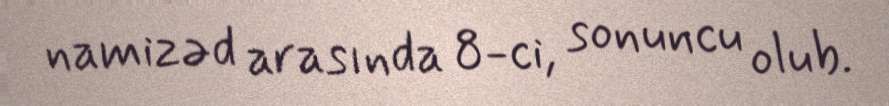
namizəd arasında 8-ci, sonuncu olub.